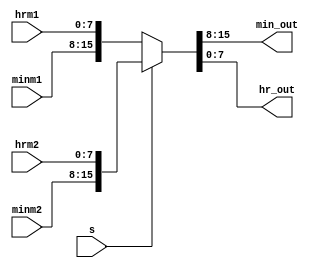
module mux2b16(s,minm1,hrm1,minm2,hrm2,min_out,hr_out);
  input [7:0]minm1,hrm1,minm2,hrm2;
  output [7:0] min_out,hr_out;
  input s;
  assign {min_out, hr_out}= (s==0)?{minm1,hrm1}:{minm2,hrm2};
endmodule